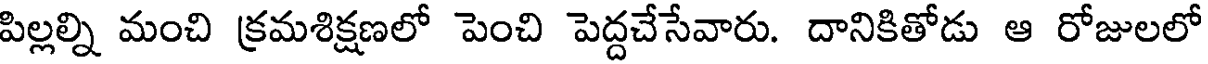
పిల్లల్ని మంచి క్రమశిక్షణలో పెంచి పెద్దచేసేవారు. దానికితోడు ఆ రోజులలో